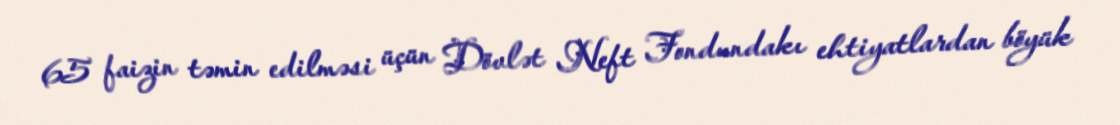
65 faizin təmin edilməsi üçün Dövlət Neft Fondundakı ehtiyatlardan böyük